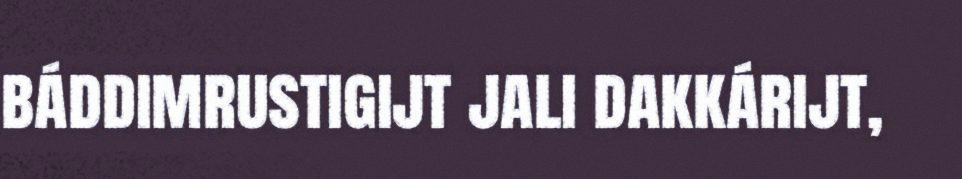
báddimrustigijt jali dakkárijt,